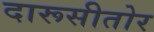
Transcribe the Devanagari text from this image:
दारूसीतोर